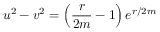
u ^ { 2 } - v ^ { 2 } = \left( \frac { r } { 2 m } - 1 \right) e ^ { r / 2 m }